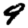
Digit: 9